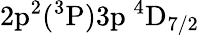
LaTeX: \mathrm{2p^{2}(^{3}P)3p~^{4}D_{7/2}}